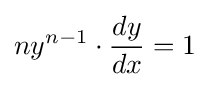
ny^{n-1}\cdot {\frac {dy}{dx}}=1